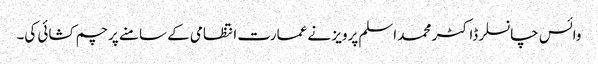
وائس چانسلر ڈاکٹر محمد اسلم پرویز نے عمارت انتظامی کے سامنے پرچم کشائی کی۔